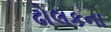
ઢોલકના